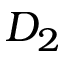
D _ { 2 }